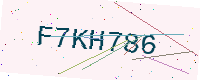
Text: F7KH786